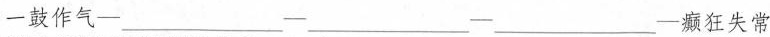
一鼓作气─___─___─___─癫狂失常